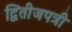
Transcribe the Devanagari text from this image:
द्वितीजपत्री